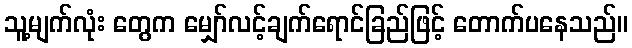
သူ့မျက်လုံး တွေက မျှော်လင့်ချက်ရောင်ခြည်ဖြင့် တောက်ပနေသည်။